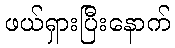
ဖယ်ရှားပြီးနောက်